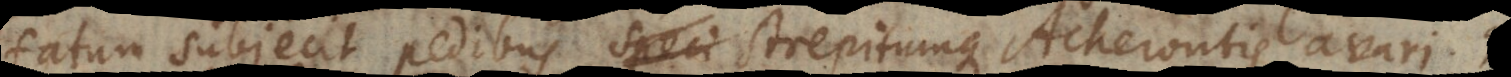
fatum subjecit pedibus strepitumque Acherontis avari,